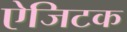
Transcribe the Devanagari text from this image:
ऐजिटक